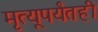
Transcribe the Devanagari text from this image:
मृत्यूपर्यंतही